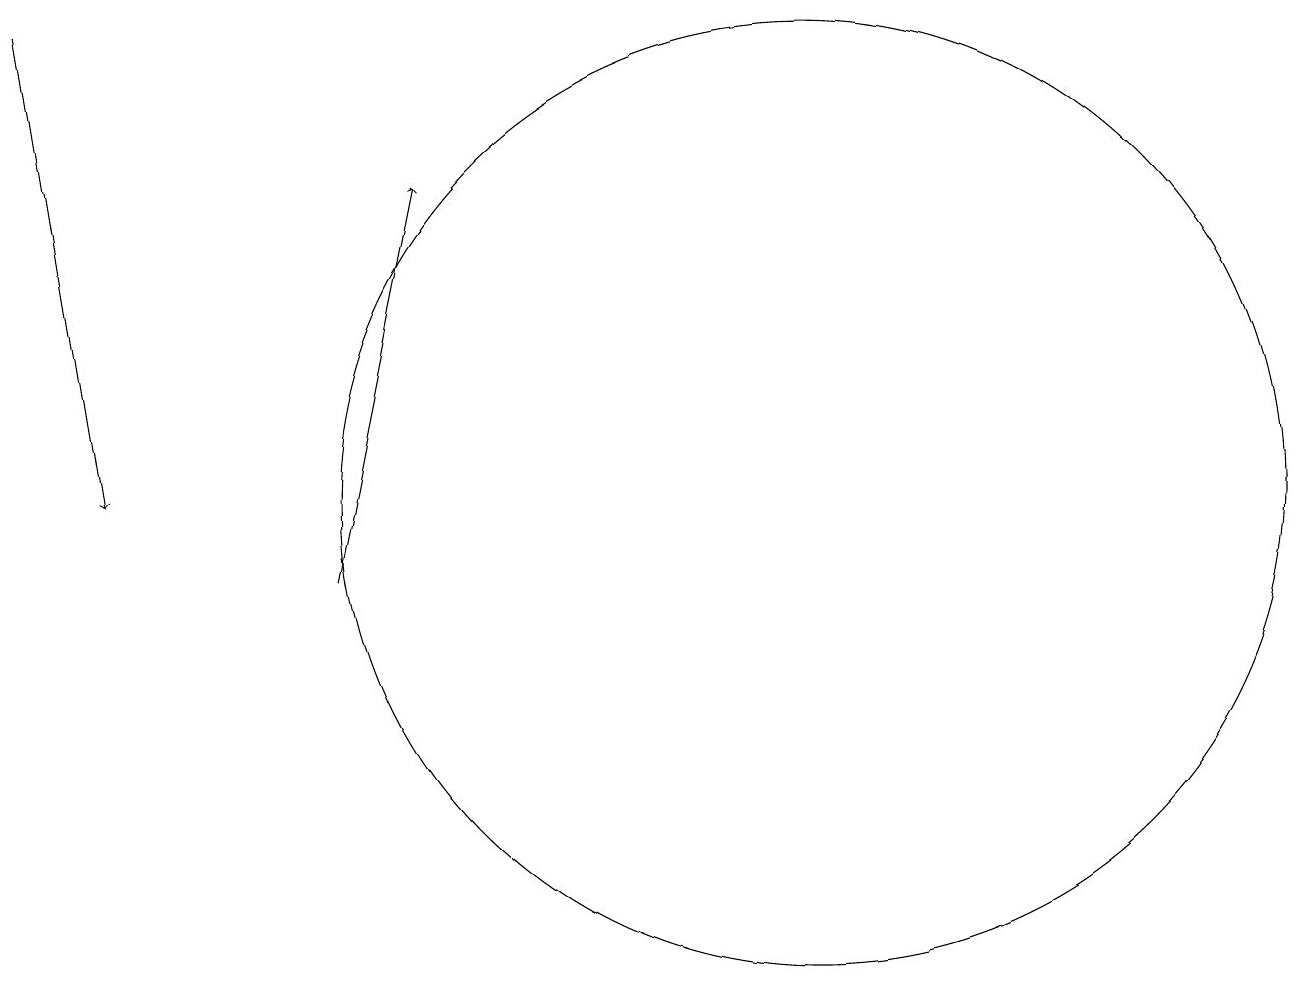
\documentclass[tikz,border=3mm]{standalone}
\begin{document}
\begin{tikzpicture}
\draw[->] (0,18) -- (1,12);
\draw (10,12) circle (6);
\draw[->] (4,11) -- (5,16);
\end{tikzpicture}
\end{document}